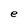
Character: e